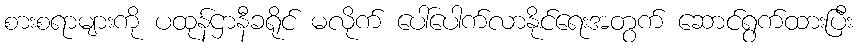
စားစရာများကို ပထုန်ဌာနီခရိုင် မလိုက် ပေါ်ပေါက်လာနိုင်ရေးအတွက် ဆောင်ရွက်ထားပြီး